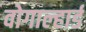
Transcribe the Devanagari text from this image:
वोगाल्हार्ड